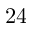
2 4